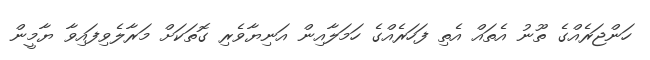
ހަންޖަރެއްގެ ތޫނު އެތައް އެތި ފަހަރެއްގެ ހަމަލާއިން އަނިޔާވެރި ގޮތަކަށް މަރާލެވިފައިވާ ޔާމީން